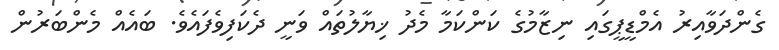
ގެންދަވާއިރު އެމްޑީޕީގައި ނިޒާމުގެ ކަންކަމާ މެދު ޚިޔާލުތައް ވަނީ ދެކަފިވެފައެވެ. ބައެއް މެންބަރުން